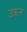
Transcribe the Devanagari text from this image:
उन्नल